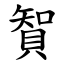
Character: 䝷